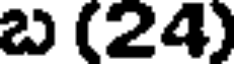
బ (24)